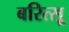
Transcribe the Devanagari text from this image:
बरित्सू